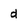
Character: d